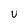
Character: U